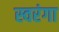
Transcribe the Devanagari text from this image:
स्वरंगा